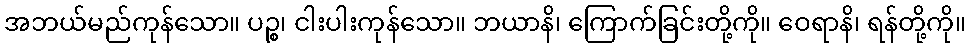
အဘယ်မည်ကုန်သော။ ပဉ္စ၊ ငါးပါးကုန်သော။ ဘယာနိ၊ ကြောက်ခြင်းတို့ကို။ ဝေရာနိ၊ ရန်တို့ကို။